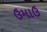
ઉમાઉ